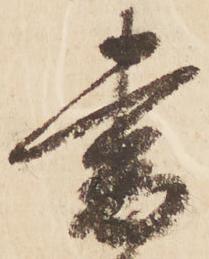
書